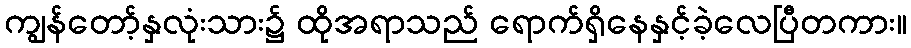
ကျွန်တော့်နှလုံးသား၌ ထိုအရာသည် ရောက်ရှိနေနှင့်ခဲ့လေပြီတကား။